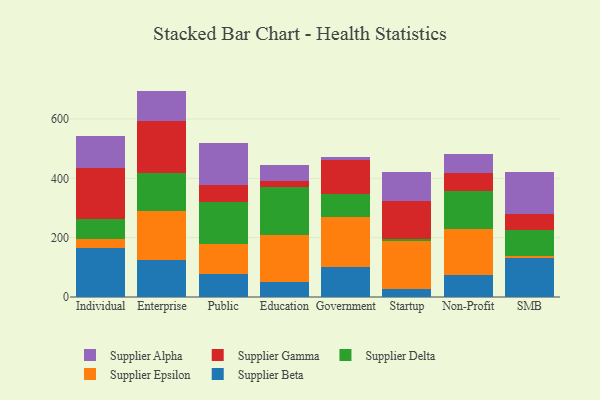
{"axis": {"x": "Segment", "y": "Active Users"}, "legend": ["Supplier Alpha", "Supplier Beta", "Supplier Delta", "Supplier Epsilon", "Supplier Gamma"], "data": [{"x": "Individual", "y": 166.0, "type": "Supplier Beta"}, {"x": "Individual", "y": 29.3, "type": "Supplier Epsilon"}, {"x": "Individual", "y": 66.5, "type": "Supplier Delta"}, {"x": "Individual", "y": 174.5, "type": "Supplier Gamma"}, {"x": "Individual", "y": 106.4, "type": "Supplier Alpha"}, {"x": "Enterprise", "y": 123.6, "type": "Supplier Beta"}, {"x": "Enterprise", "y": 165.4, "type": "Supplier Epsilon"}, {"x": "Enterprise", "y": 128.5, "type": "Supplier Delta"}, {"x": "Enterprise", "y": 176.2, "type": "Supplier Gamma"}, {"x": "Enterprise", "y": 101.2, "type": "Supplier Alpha"}, {"x": "Public", "y": 77.9, "type": "Supplier Beta"}, {"x": "Public", "y": 100.5, "type": "Supplier Epsilon"}, {"x": "Public", "y": 142.1, "type": "Supplier Delta"}, {"x": "Public", "y": 58.0, "type": "Supplier Gamma"}, {"x": "Public", "y": 140.7, "type": "Supplier Alpha"}, {"x": "Education", "y": 51.9, "type": "Supplier Beta"}, {"x": "Education", "y": 157.6, "type": "Supplier Epsilon"}, {"x": "Education", "y": 161.0, "type": "Supplier Delta"}, {"x": "Education", "y": 21.9, "type": "Supplier Gamma"}, {"x": "Education", "y": 53.4, "type": "Supplier Alpha"}, {"x": "Government", "y": 101.4, "type": "Supplier Beta"}, {"x": "Government", "y": 168.4, "type": "Supplier Epsilon"}, {"x": "Government", "y": 77.2, "type": "Supplier Delta"}, {"x": "Government", "y": 115.7, "type": "Supplier Gamma"}, {"x": "Government", "y": 9.8, "type": "Supplier Alpha"}, {"x": "Startup", "y": 26.3, "type": "Supplier Beta"}, {"x": "Startup", "y": 163.1, "type": "Supplier Epsilon"}, {"x": "Startup", "y": 7.3, "type": "Supplier Delta"}, {"x": "Startup", "y": 126.4, "type": "Supplier Gamma"}, {"x": "Startup", "y": 96.8, "type": "Supplier Alpha"}, {"x": "Non-Profit", "y": 74.1, "type": "Supplier Beta"}, {"x": "Non-Profit", "y": 154.8, "type": "Supplier Epsilon"}, {"x": "Non-Profit", "y": 129.6, "type": "Supplier Delta"}, {"x": "Non-Profit", "y": 58.8, "type": "Supplier Gamma"}, {"x": "Non-Profit", "y": 64.7, "type": "Supplier Alpha"}, {"x": "SMB", "y": 131.7, "type": "Supplier Beta"}, {"x": "SMB", "y": 5.8, "type": "Supplier Epsilon"}, {"x": "SMB", "y": 86.7, "type": "Supplier Delta"}, {"x": "SMB", "y": 54.0, "type": "Supplier Gamma"}, {"x": "SMB", "y": 144.0, "type": "Supplier Alpha"}]}